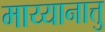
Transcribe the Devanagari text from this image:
माय्यानात्तु